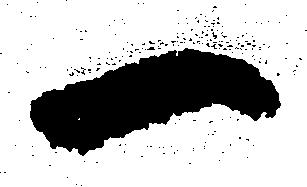
一